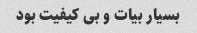
بسیار بیات و بی کیفیت بود